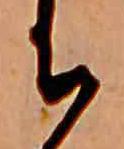
ち